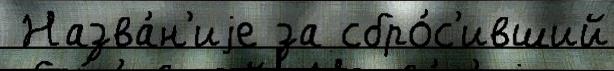
 Назва́н'иjе за сбро́с'ивший